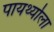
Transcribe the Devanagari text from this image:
पायर्थ्याला